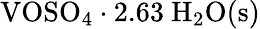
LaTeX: \mathrm{VOSO_{4}\cdot 2.63\ H_{2}O(s)}